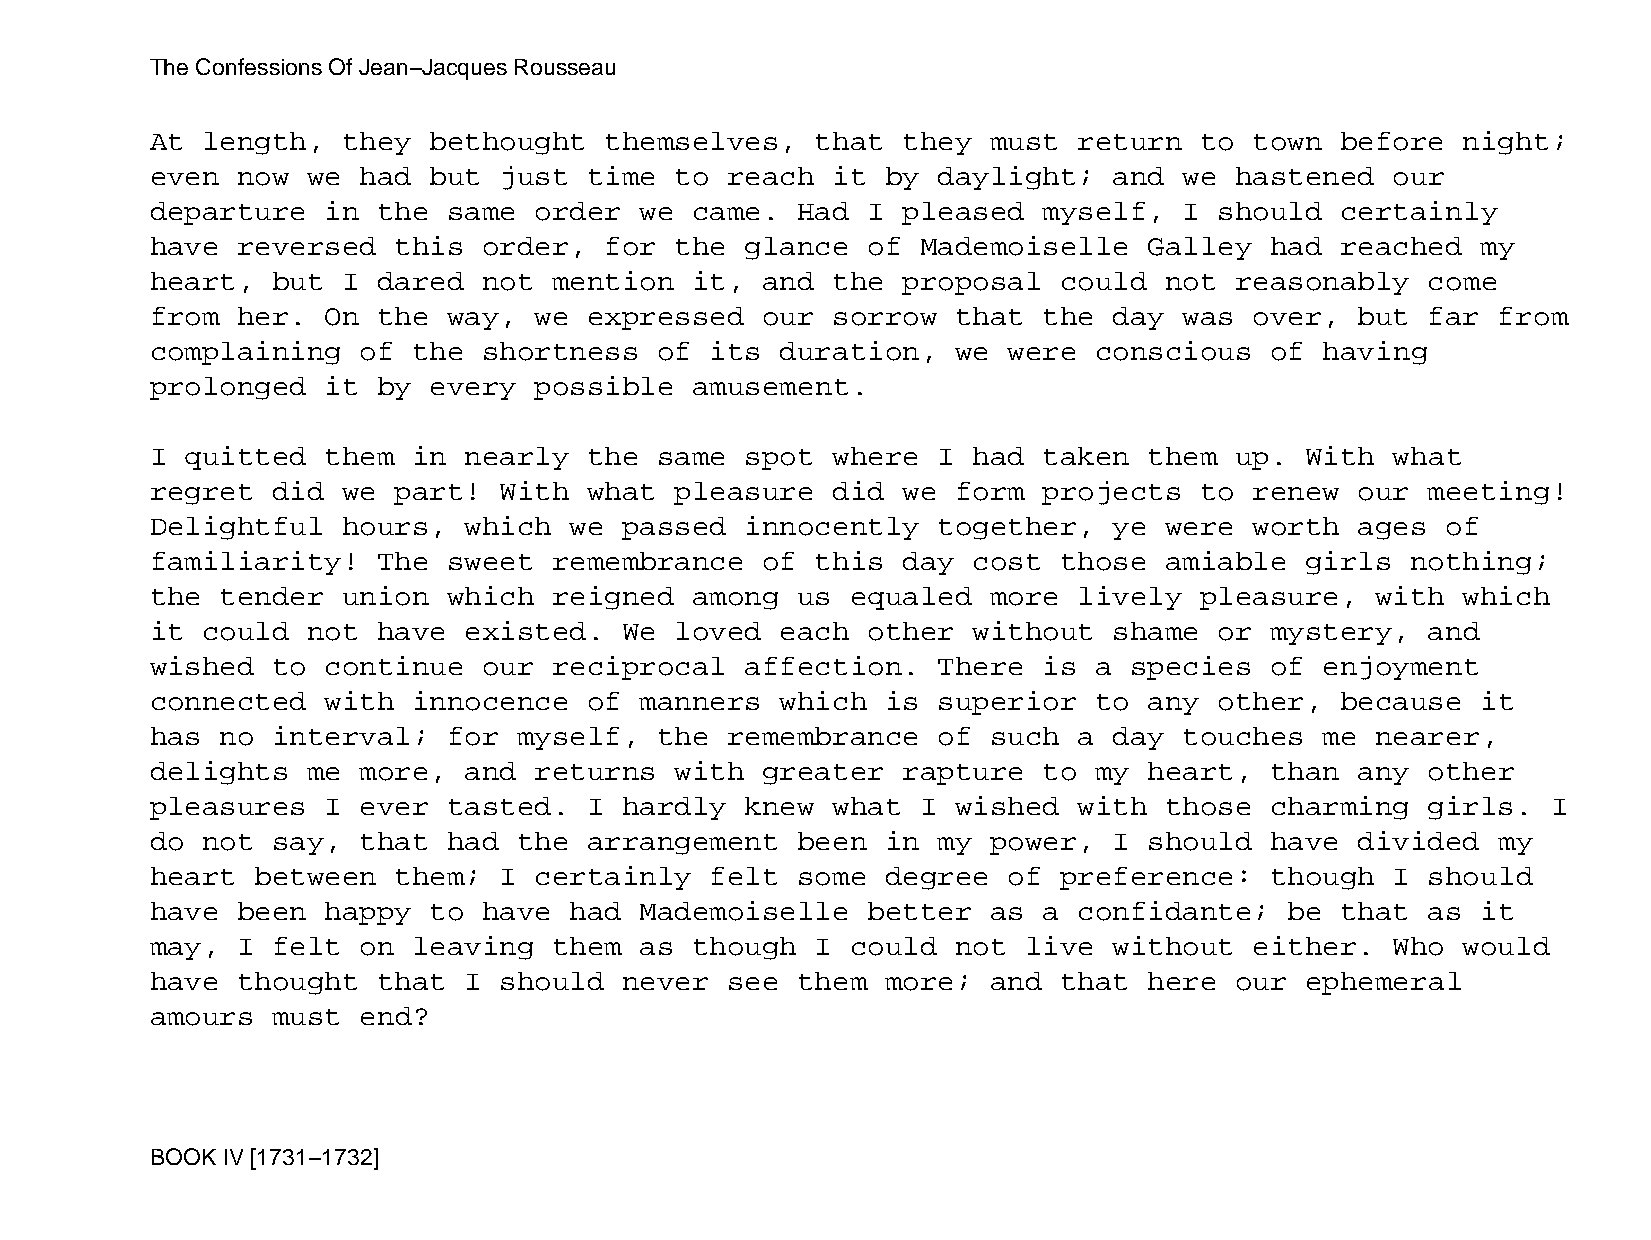
The Confessions Of Jean−Jacques Rousseau
 At length,   they bethought   themselves,   that  they  must return  to  town  before  night;
 even  now we  had but  just  time  to reach  it  by daylight;   and we  hastened  our
 departure   in the  same order  we  came.  Had I  pleased  myself,  I  should  certainly
 have  reversed  this  order,  for  the glance  of  Mademoiselle   Galley  had  reached  my
 heart,  but  I dared  not  mention  it, and  the  proposal  could  not  reasonably   come
 from  her.  On the  way, we  expressed  our  sorrow  that  the  day was  over,  but  far from
 complaining   of the  shortness   of its  duration,  we  were conscious   of  having
 prolonged   it by every  possible   amusement.
 I quitted   them in  nearly  the  same spot  where  I had  taken  them  up. With  what
 regret  did  we part!  With  what  pleasure  did  we form  projects  to  renew  our  meeting!
 Delightful   hours,  which  we passed  innocently   together,   ye were  worth  ages  of
 familiarity!   The  sweet  remembrance  of  this  day cost  those  amiable  girls  nothing;
 the  tender  union  which  reigned  among  us equaled   more lively  pleasure,   with  which
 it could  not  have  existed.  We  loved  each other  without   shame  or mystery,   and
 wished  to  continue  our  reciprocal  affection.   There  is a  species  of  enjoyment
 connected   with innocence   of manners   which  is superior  to  any  other,  because  it
 has  no interval;   for myself,   the remembrance   of  such a  day touches   me nearer,
 delights  me  more,  and returns   with greater   rapture  to my  heart,  than  any  other
 pleasures   I ever  tasted.  I hardly  knew  what  I wished  with  those  charming   girls.  I
 do not  say,  that  had the  arrangement   been  in my  power,  I should  have  divided  my
 heart  between  them;  I certainly   felt  some  degree  of preference:   though  I  should
 have  been  happy to  have  had Mademoiselle   better   as a confidante;   be  that  as it
 may,  I felt  on leaving   them as  though  I could  not  live  without  either.  Who  would
 have  thought  that  I should  never  see  them  more;  and that  here  our ephemeral
 amours  must  end?
 BOOK IV [1731−1732]